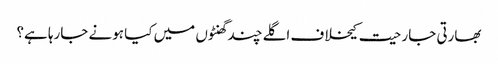
بھارتی جارحیت کیخلاف اگلے چند گھنٹوں میں کیا ہونے جارہا ہے؟